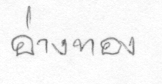
อ่างทอง